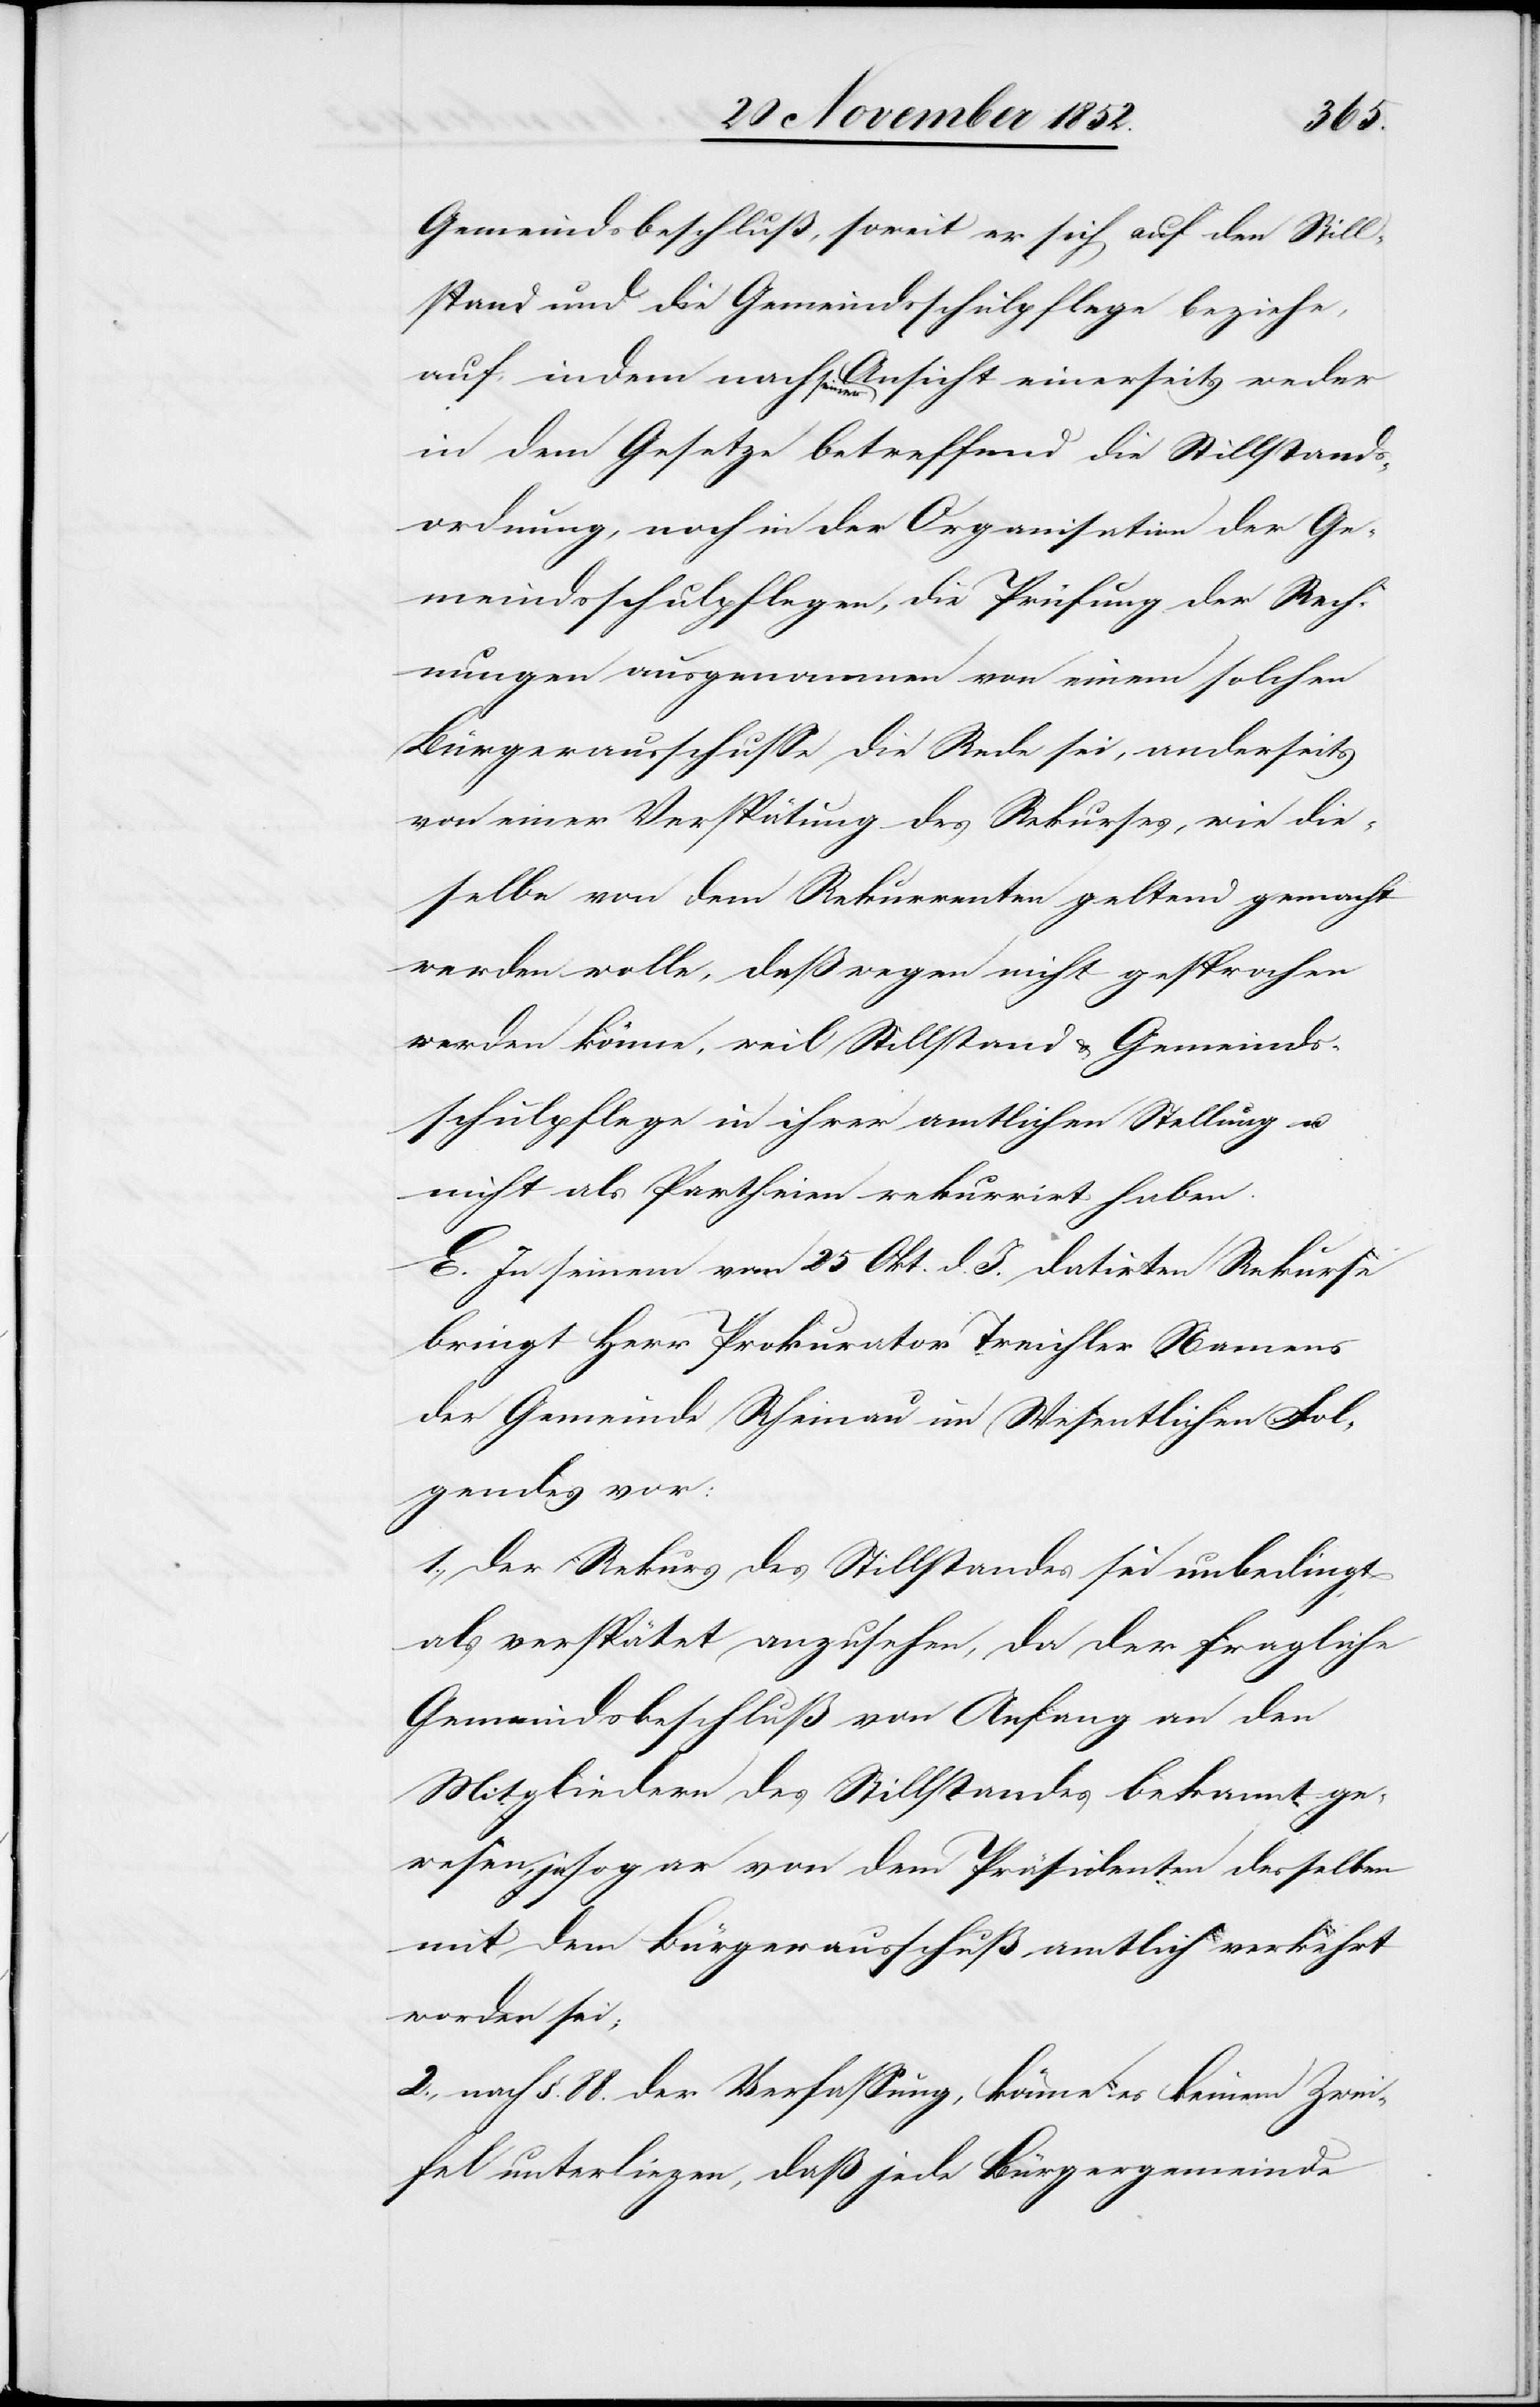
Gemeindsbeschluß, soweit er sich auf den Still¬
stand und die Gemeindsschulpflege beziehe,
auf, indem nach seiner Ansicht einerseits weder
in dem Gesetze betreffend die Stillstands¬
ordnung, noch in der Organisation der Ge¬
meindsschulpflegen, die Prüfung der Rech¬
nungen ausgenommen von einem solchen
Bürgerausschusse die Rede sei, anderseits
von einer Verspätung des Rekurses, wie die¬
selbe von dem Rekurrenten geltend gemacht
werden wolle, deßwegen nicht gesprochen
werden könne, weil Stillstand & Gemeinds¬
schulpflege in ihrer amtlichen Stellung u.
nicht als Partheien rekurrirt haben.
E. In seinem vom 25 Okt. d. J. datirten Rekurse
bringt Herr Prokurator Treichler Namens
der Gemeinde Rheinau im Wesentlichen Fol¬
gendes vor:
1., der Rekurs des Stillstandes sei unbedingt
als verspätet anzusehen, da der fragliche
Gemeindsbeschluß von Anfang an den
Mitgliedern des Stillstandes bekannt ge¬
wesen, ja sogar von dem Präsidenten desselben
mit dem Bürgerausschuß amtlich verkehrt
worden sei;
2., nach §. 88. der Verfassung, könne es keinem Zwei¬
fel unterliegen, daß jede Bürgergemeinde